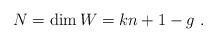
LaTeX: \begin{align*}N= \dim W= kn+1-g\ .\end{align*}